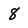
Character: 8